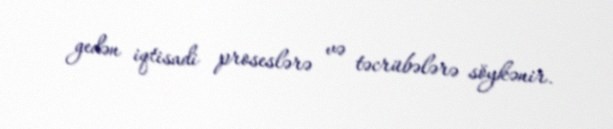
gedən iqtisadi proseslərə və təcrübələrə söykənir.